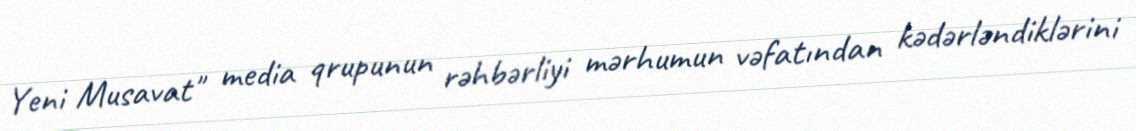
Yeni Musavat" media qrupunun rəhbərliyi mərhumun vəfatından kədərləndiklərini